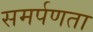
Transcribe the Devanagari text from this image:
समर्पणता